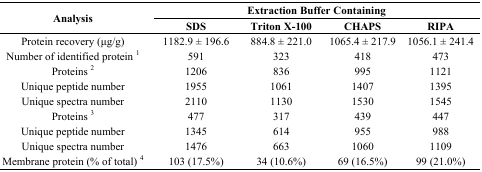
<table><thead><tr><td rowspan="2"><b>Analysis</b></td><td colspan="4"><b>Extraction Buffer Containing</b></td></tr><tr><td><b>SDS</b></td><td><b>Triton X-100</b></td><td><b>CHAPS</b></td><td><b>RIPA</b></td></tr></thead><tbody><tr><td>Protein recovery (μg/g)</td><td>1182.9 ± 196.6</td><td>884.8 ± 221.0</td><td>1065.4 ± 217.9</td><td>1056.1 ± 241.4</td></tr><tr><td>Number of identified protein <sup>1</sup></td><td>591</td><td>323</td><td>418</td><td>473</td></tr><tr><td>Proteins <sup>2</sup></td><td>1206</td><td>836</td><td>995</td><td>1121</td></tr><tr><td>Unique peptide number</td><td>1955</td><td>1061</td><td>1407</td><td>1395</td></tr><tr><td>Unique spectra number</td><td>2110</td><td>1130</td><td>1530</td><td>1545</td></tr><tr><td>Proteins <sup>3</sup></td><td>477</td><td>317</td><td>439</td><td>447</td></tr><tr><td>Unique peptide number</td><td>1345</td><td>614</td><td>955</td><td>988</td></tr><tr><td>Unique spectra number</td><td>1476</td><td>663</td><td>1060</td><td>1109</td></tr><tr><td>Membrane protein (% of total) <sup>4</sup></td><td>103 (17.5%)</td><td>34 (10.6%)</td><td>69 (16.5%)</td><td>99 (21.0%)</td></tr></tbody></table>